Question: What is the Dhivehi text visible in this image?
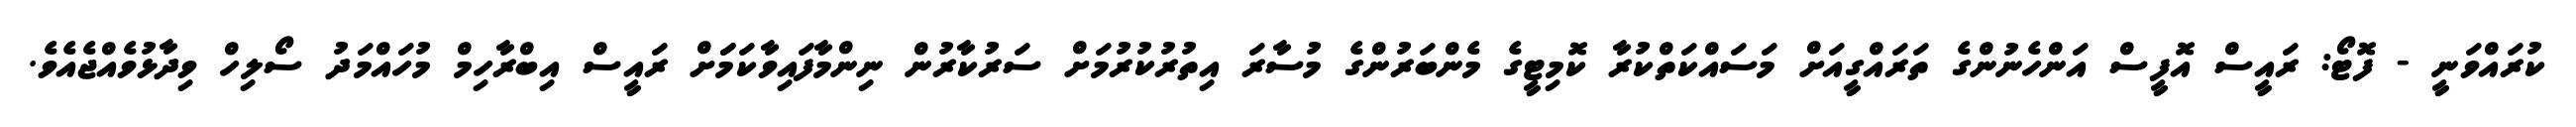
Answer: ކުރައްވަނީ - ފޮޓޯ: ރައީސް އޮފީސް އަންހެނުންގެ ތަރައްގީއަށް މަސައްކަތްކުރާ ކޮމިޓީގެ މެންބަރުންގެ މުސާރަ އިތުރުކުރުމަށް ސަރުކާރުން ނިންމާފައިވާކަމަަށް ރައީސް އިބްރާހިމް މުހައްމަދު ސޯލިހް ވިދާޅުވެއްޖެއެވެ.